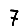
Digit: 7